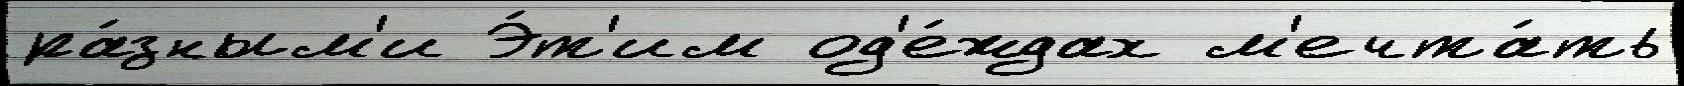
ра́зным'и Э́т'им од'е́ждах м'ечта́ть